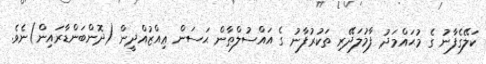
ކަލޭގެފާނު ގެ މުޙައްމަދު ފާމުލަދޭރި ތަކުރުފާނު ގެ އައްސުލްޠާން ޙަސަން ޢިއްޒުއްދީން (ދޮންބަންޑާރައިން)ނެވެ.